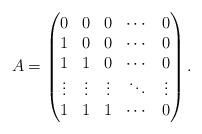
LaTeX: \begin{align*}A=\begin{pmatrix}0 & 0&0&\cdots&0 \\1 & 0&0&\cdots&0\\1&1&0&\cdots&0\\\vdots & \vdots&\vdots &\ddots&\vdots\\1&1&1&\cdots&0\end{pmatrix}.\end{align*}